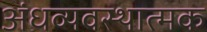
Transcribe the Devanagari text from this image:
अंधव्यवस्थात्मक